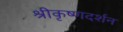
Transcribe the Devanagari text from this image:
श्रीकृष्णदर्शन